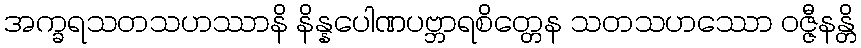
အက္ခရသတသဟဿာနိ နိန္နပေါဏပဗ္ဘာရစိတ္တေန သတသဟဿော ဝဇ္ဇီနန္တိ